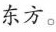
东方。